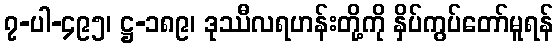
၇-ပါ-၄၉၅၊ ဋ္ဌ-၁၈၉၊ ဒုဿီလရဟန်းတို့ကို နှိပ်ကွပ်တော်မူရန်